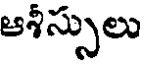
ఆశీస్సులు